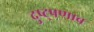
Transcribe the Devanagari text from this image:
दुष्ट्पणाच